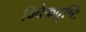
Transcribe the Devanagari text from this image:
विवेकदृष्टि